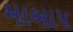
માબાપ